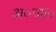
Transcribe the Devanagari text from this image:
अ०जा०